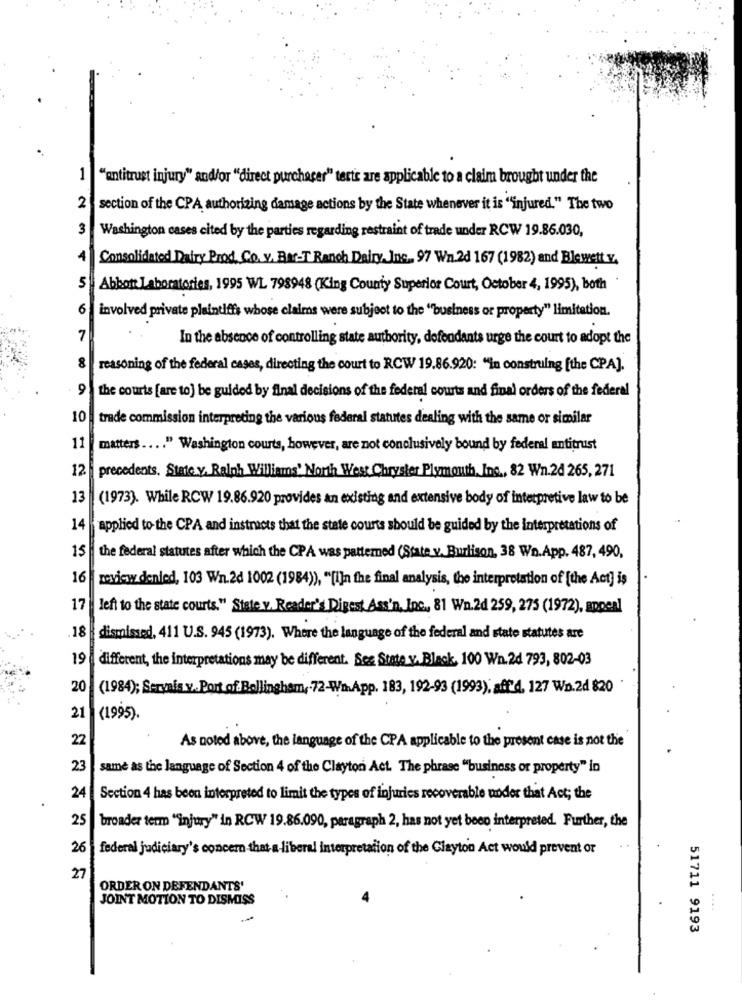
1
"antitrust injury" and/or "direct purchaser" terte are applicable to a claim brought under the
2
section of the CPA authorizing damage actions by the State whenever it is "injured." The two
3
Washington cases cited by the parties regarding restraint of trade under RCW 19.86.030,
4
Consolidated Dairy Prod. Co.y. Be-T Ranch Dairy, Jus. 97 Wn.2d 167 (1982) and Blewett v.
5 Abbott Laboratories, 1995 WL 798948 (King County Superior Court, October 4, 1995), both
6
involved private plaintiffs whose claims were subject to the "business or property" limitation.
7
In the absence of controlling state authority, defendants urge the court to adopt the
8
reasoning of the federal cases, directing the court to RCW 19.86.920: "in construing [the CPA].
9
the courts [are to] be guided by final decisions of the federal courts and final orders of the federal
10
trade commission interpreting the various federal statutes dealing with the same or similar
11
matters .... " Washington courts, however, are not conclusively bound by federal antitrust
12
precedents. State y. Ralph Williams' North West Chrysler Plymouth, Inc ., 82 Wn.2d 265, 271
13
(1973). While RCW 19.86.920 provides an existing and extensive body of interpretive law to be
14
applied to the CPA and instructs that the state courts should be guided by the interpretations of
15
the federal statutes after which the CPA was patterned (State v. Burlison, 38 Wn.App. 487, 490,
16
review denied, 103 Wn.2d 1002 (1984)), "[i]n the final analysis, the interpretation of [the Act] is
17
left to the state courts." State v. Reader's Digest Ass'n, Inc ., 81 Wn.2d 259, 275 (1972), appeal
18
dismissed, 411 U.S. 945 (1973). Where the language of the federal and state statutes are
19 different, the interpretations may be different. Sez State v.Blesk, 100 Wn.2d 793, 802-03
20
(1984); Servais v. Port of Bellingham ,- 72-Wn.App. 183, 192-93 (1993); aff'4, 127 Wn.2d 820
21
(1995).
22
As noted above, the language of the CPA applicable to the present case is not the
23
same as the language of Section 4 of the Clayton Act. The phrase "business or property" in
24
Section 4 has been interpreted to limit the types of injuries recoverable under that Act; the
25
broader term "injury" in RCW 19.86.090, paragraph 2, has not yet been interpreted. Further, the
26
federal judiciary's concern that a -liberal interpretation of the Clayton Act would prevent or
27
ORDER ON DEFENDANTS'
JOINT MOTION TO DISMISS
51711 9193